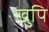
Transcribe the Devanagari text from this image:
खुपि